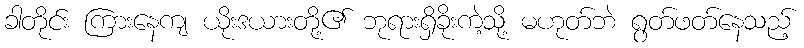
ခါတိုင်း ကြားနေကျ ယိုးဒယားတို့၏ ဘုရားရှိခိုးကဲ့သို့ မဟုတ်ဘဲ ရွတ်ဖတ်နေသည့်